Insane asylums in Bengal annual reports 1876-1887 - 1876-1887
Year: 1876
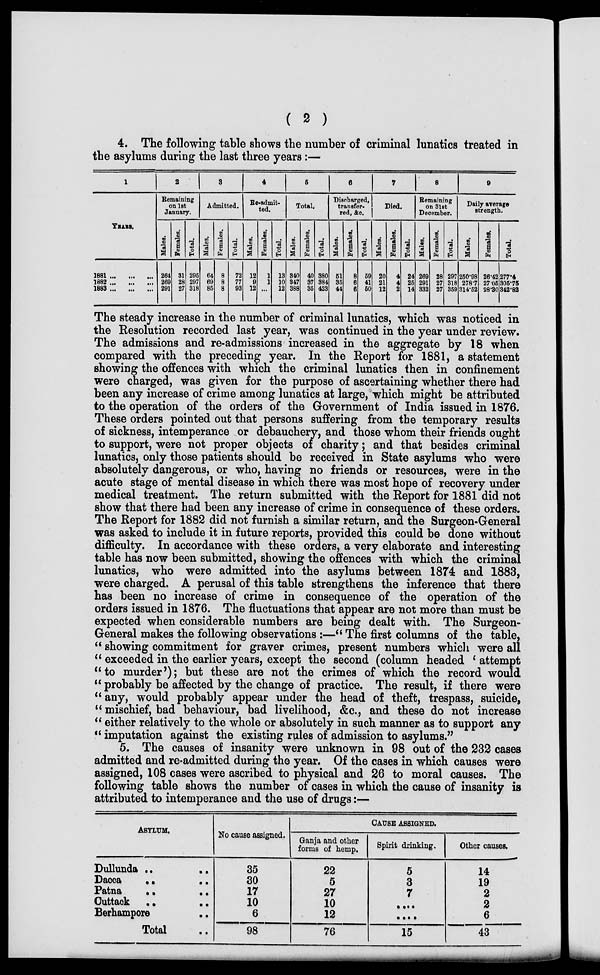
( 2 )
4. The following table shows the number of criminal lunatics treated in
the asylums during the last three years:—
1
YEARS.
1881...
...
...
1882 ... ... ...
1883 ... ... ...
2
Remaining
on 1st
January.
Males.
264
269
291
Females.
31
28
27
Total.
295
297
318
3
Admitted.
Males.
64
69
85
Females.
8
8
8
Total.
72
77
93
4
Re-admit-
ted.
Males.
12
9
12
Females.
1
1
...
Total.
13
10
12
6
Total.
Males.
340
347
388
Females.
40
37
35
Total.
380
384
423
6
Discharged,
transfer-
red, &c.
Males.
51
35
44
Females.
8
6
6
Total.
59
41
50
7
Died.
Males.
20
21
12
Females.
4
4
2
Total.
24
25
14
8
Remaining
on 31st
December.
Males.
269
291
332
Females.
28
27
27
Total.
297
318
359
9
Daily average
strength.
Males.
250.98
278.7
314.52
Females.
26.42
27.05
28.30
Total.
277.4
305.75
342.82
The steady increase in the number of criminal lunatics, which was noticed in
the Resolution recorded last year, was continued in the year under review.
The admissions and re-admissions increased in the aggregate by 18 when
compared with the preceding year. In the Report for 1881, a statement
showing the offences with which the criminal lunatics then in confinement
were charged, was given for the purpose of ascertaining whether there had
been any increase of crime among lunatics at large, which might be attributed
to the operation of the orders of the Government of India issued in 1876.
These orders pointed out that persons suffering from the temporary results
of sickness, intemperance or debauchery, and those whom their friends ought
to support, were not proper objects of charity; and that besides criminal
lunatics, only those patients should be received in State asylums who were
absolutely dangerous, or who, having no friends or resources, were in the
acute stage of mental disease in which there was most hope of recovery under
medical treatment. The return submitted with the Report for 1881 did not
show that there had been any increase of crime in consequence of these orders.
The Report for 1882 did not furnish a similar return, and the Surgeon-General
was asked to include it in future reports, provided this could be done without
difficulty. In accordance with these orders, a very elaborate and interesting
table has now been submitted, showing the offences with which the criminal
lunatics, who were admitted into the asylums between 1874 and 1883,
were charged. A perusal of this table strengthens the inference that there
has been no increase of crime in consequence of the operation of the
orders issued in 1876. The fluctuations that appear are not more than must be
expected when considerable numbers are being dealt with. The Surgeon-
General makes the following observations :—" The first columns of the table,
" showing commitment for graver crimes, present numbers which were all
" exceeded in the earlier years, except the second (column headed ' attempt
"to murder'); but these are not the crimes of which the record would
'' probably be affected by the change of practice. The result, if there were
" any, would probably appear under the head of theft, trespass, suicide,
" mischief, bad behaviour, bad livelihood, &c., and these do not increase
" either relatively to the whole or absolutely in such manner as to support any
" imputation against the existing rules of admission to asylums."
5. The causes of insanity were unknown in 98 out of the 232 cases
admitted and re-admitted during the year. Of the cases in which causes were
assigned, 108 cases were ascribed to physical and 26 to moral causes. The
following table shows the number of cases in which the cause of insanity is
attributed to intemperance and the use of drugs:—
ASYLUM.
Dullunda .. ..
Dacca .. ..
Patna
..
..
Cuttack .. ..
Berhampore ..
Total ..
No cause assigned.
35
30
17
10
6
98
CAUSE ASSIGNED.
Ganja and other
forms of hemp.
22
5
27
10
12
76
Spirit drinking.
5
3
7
....
....
15
Other causes.
14
19
2
2
6
43